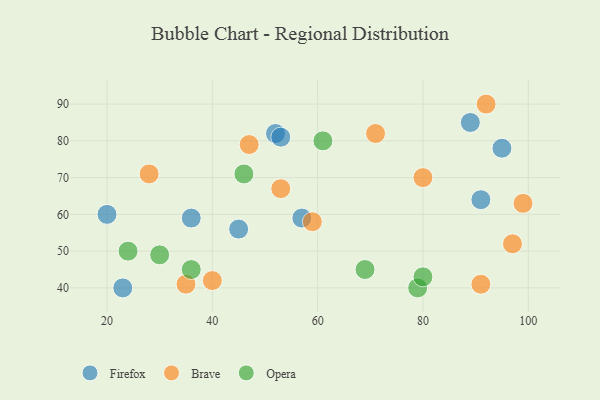
{"axis": {"x": "GDP", "y": "Life Expectancy"}, "legend": ["Brave", "Firefox", "Opera"], "data": [{"x": "23", "y": 40, "type": "Firefox"}, {"x": "52", "y": 82, "type": "Firefox"}, {"x": "91", "y": 64, "type": "Firefox"}, {"x": "57", "y": 59, "type": "Firefox"}, {"x": "53", "y": 81, "type": "Firefox"}, {"x": "20", "y": 60, "type": "Firefox"}, {"x": "89", "y": 85, "type": "Firefox"}, {"x": "95", "y": 78, "type": "Firefox"}, {"x": "36", "y": 59, "type": "Firefox"}, {"x": "45", "y": 56, "type": "Firefox"}, {"x": "92", "y": 90, "type": "Brave"}, {"x": "47", "y": 79, "type": "Brave"}, {"x": "80", "y": 70, "type": "Brave"}, {"x": "99", "y": 63, "type": "Brave"}, {"x": "35", "y": 41, "type": "Brave"}, {"x": "91", "y": 41, "type": "Brave"}, {"x": "59", "y": 58, "type": "Brave"}, {"x": "28", "y": 71, "type": "Brave"}, {"x": "53", "y": 67, "type": "Brave"}, {"x": "71", "y": 82, "type": "Brave"}, {"x": "40", "y": 42, "type": "Brave"}, {"x": "97", "y": 52, "type": "Brave"}, {"x": "46", "y": 71, "type": "Opera"}, {"x": "36", "y": 45, "type": "Opera"}, {"x": "24", "y": 50, "type": "Opera"}, {"x": "79", "y": 40, "type": "Opera"}, {"x": "30", "y": 49, "type": "Opera"}, {"x": "61", "y": 80, "type": "Opera"}, {"x": "69", "y": 45, "type": "Opera"}, {"x": "80", "y": 43, "type": "Opera"}]}